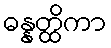
ဓန္နတ္ထိကာ